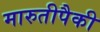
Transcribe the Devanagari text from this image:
मारुतीपैकी